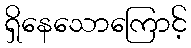
ရှိနေသောကြောင့်